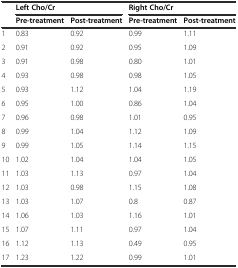
<table><thead><tr><td rowspan="2"></td><td colspan="2"><b>Left Cho/Cr</b></td><td colspan="2"><b>Right Cho/Cr</b></td></tr><tr><td><b>Pre-treatment</b></td><td><b>Post-treatment</b></td><td><b>Pre-treatment</b></td><td><b>Post-treatment</b></td></tr></thead><tbody><tr><td>1</td><td>0.83</td><td>0.92</td><td>0.99</td><td>1.11</td></tr><tr><td>2</td><td>0.91</td><td>0.92</td><td>0.95</td><td>1.09</td></tr><tr><td>3</td><td>0.91</td><td>0.98</td><td>0.80</td><td>1.01</td></tr><tr><td>4</td><td>0.93</td><td>0.98</td><td>0.98</td><td>1.05</td></tr><tr><td>5</td><td>0.93</td><td>1.12</td><td>1.04</td><td>1.19</td></tr><tr><td>6</td><td>0.95</td><td>1.00</td><td>0.86</td><td>1.04</td></tr><tr><td>7</td><td>0.96</td><td>0.98</td><td>1.01</td><td>0.95</td></tr><tr><td>8</td><td>0.99</td><td>1.04</td><td>1.12</td><td>1.09</td></tr><tr><td>9</td><td>0.99</td><td>1.05</td><td>1.14</td><td>1.15</td></tr><tr><td>10</td><td>1.02</td><td>1.04</td><td>1.04</td><td>1.05</td></tr><tr><td>11</td><td>1.03</td><td>1.13</td><td>0.97</td><td>1.04</td></tr><tr><td>12</td><td>1.03</td><td>0.98</td><td>1.15</td><td>1.08</td></tr><tr><td>13</td><td>1.03</td><td>1.07</td><td>0.8</td><td>0.87</td></tr><tr><td>14</td><td>1.06</td><td>1.03</td><td>1.16</td><td>1.01</td></tr><tr><td>15</td><td>1.07</td><td>1.11</td><td>0.97</td><td>1.04</td></tr><tr><td>16</td><td>1.12</td><td>1.13</td><td>0.49</td><td>0.95</td></tr><tr><td>17</td><td>1.23</td><td>1.22</td><td>0.99</td><td>1.01</td></tr></tbody></table>